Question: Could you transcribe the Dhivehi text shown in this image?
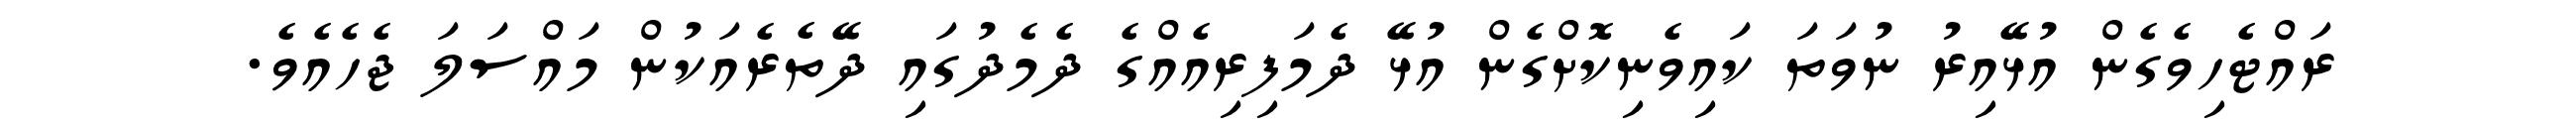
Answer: ރައްޓެހިވެގެން އުޅޭއިރު ނުވަތަ ކައިވެނިކޮށްގެން އުޅޭ ދެމަފިރިއެއްގެ ދެމެދުގައި ދޭތެރެއަކުން މައްސަލަ ޖެހެއެވެ.